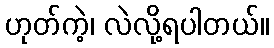
ဟုတ်ကဲ့၊ လဲလို့ရပါတယ်။